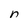
Character: n